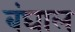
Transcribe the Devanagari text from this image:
बंघाल